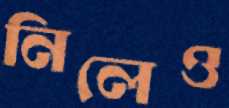
নিলেও